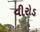
વીરોડ